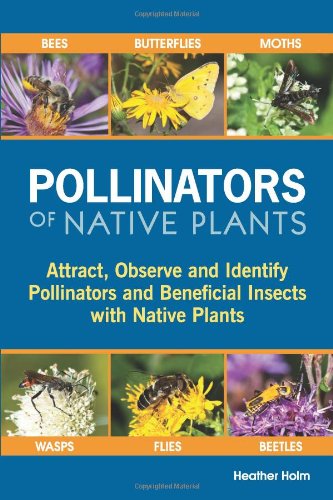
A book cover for Pollinators of Native Plants: Attract, Observe and Identify Pollinators and Beneficial Insects with Native Plants; Heather N. Holm; Reference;